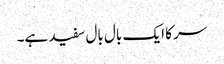
سر کا ایک بال بال سفید ہے۔